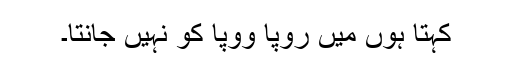
کہتا ہوں میں رُوپا ووپا کو نہیں جانتا۔